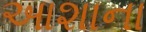
આશાના